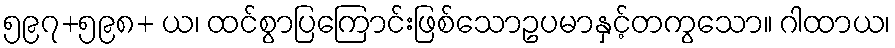
၅၉၇+၅၉၈+ ယ၊ ထင်စွာပြကြောင်းဖြစ်သောဥပမာနှင့်တကွသော။ ဂါထာယ၊